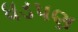
ધડપણ